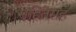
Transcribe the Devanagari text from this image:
संहितेसह